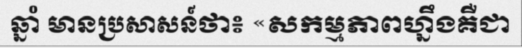
ឆ្នាំ មានប្រសាសន៍ថា៖ «សកម្មភាពហ្នឹងគឺជា